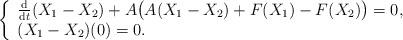
LaTeX: \begin{align*}\left\{\begin{array}{ll}\frac{\mathrm{d}}{\mathrm{d}t}(X_1-X_2)+ A\big(A(X_1-X_2)+F(X_1)-F(X_2)\big)=0,&\\(X_1-X_2)(0)=0.&\end{array}\right.\end{align*}